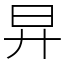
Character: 㫒